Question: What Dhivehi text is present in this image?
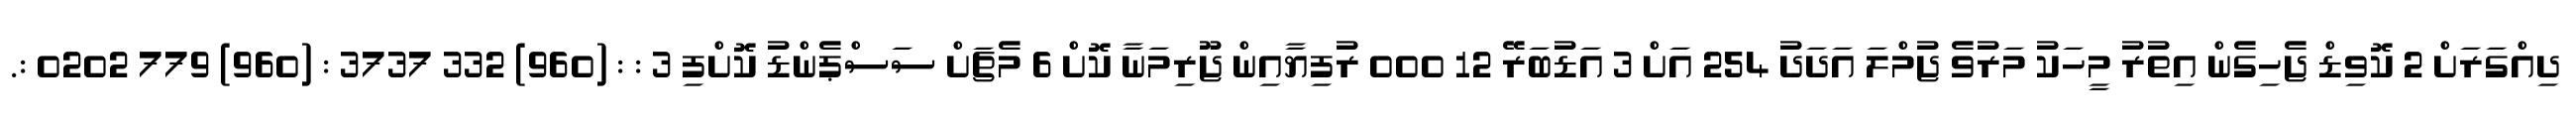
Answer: ދިއްގަރަށް 2 ކޮވިޑް ޖެހިގެން އިތުރު މީހަކު މަރުވެ ޖުމްލަ އަދަދު 254 އަށް 3 އަޑުބަރޭ 12 000 ރުފިޔާއިން ޖޫރިމަނާ ކޮށް 6 މެޗަށް ސަސްޕެންޑު ކޮށްފި 3 : : (960) 332 3737 : (960) 779 0202 :.